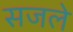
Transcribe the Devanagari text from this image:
सजले